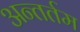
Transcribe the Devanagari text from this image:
अन्तर्तम